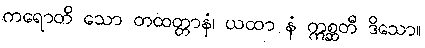
ကရောတိ သော တထတ္တာနံ၊ ယထာ နံ ဣစ္ဆတီ ဒိသော။